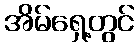
အိမ်ရှေ့တွင်